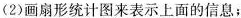
(2)画扇形统计图来表示上面的信息；